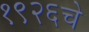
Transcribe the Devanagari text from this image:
१९२६चे